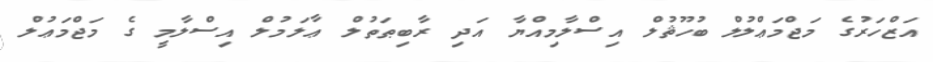
އަޒްހަރުގެ މަޖްމަޢްލުލް ބުހޫޘުލް އިސްލާމިއްޔާ އަދި ރާބިޠަތުލް ޢާލަމުލް އިސްލާމީ ގެ މަޖްމަޢުލް